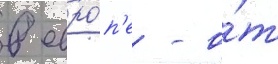
в евро́п'е - о́т